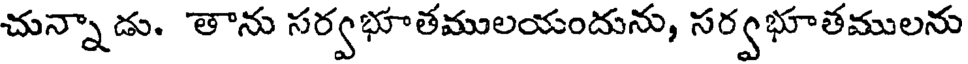
చున్నా డు. తాను సర్వభూతములయందును, సర్వభూతములను